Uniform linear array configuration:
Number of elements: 32
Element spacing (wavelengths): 0.5
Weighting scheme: uniform
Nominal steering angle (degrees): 45
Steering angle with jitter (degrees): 43.801
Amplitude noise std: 0.05
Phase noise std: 0.05

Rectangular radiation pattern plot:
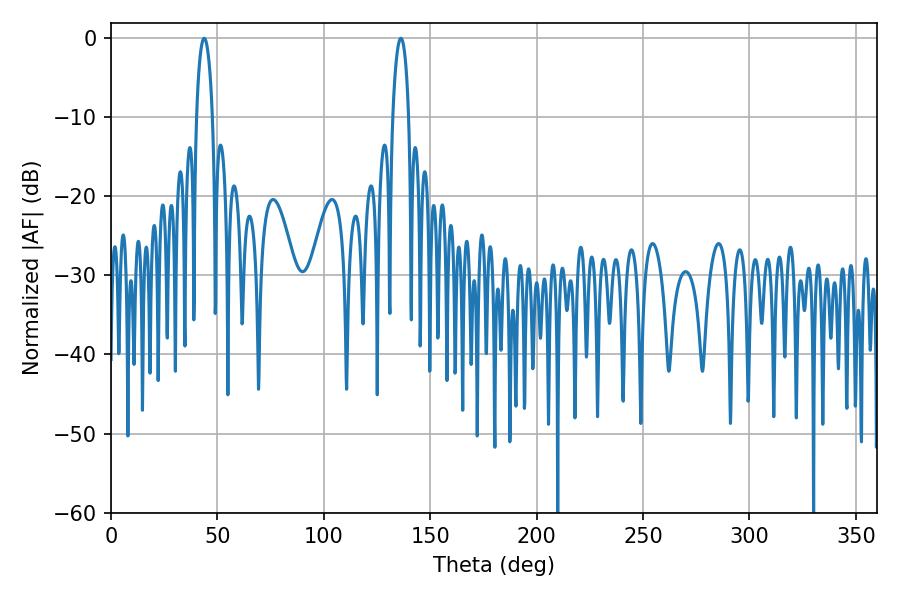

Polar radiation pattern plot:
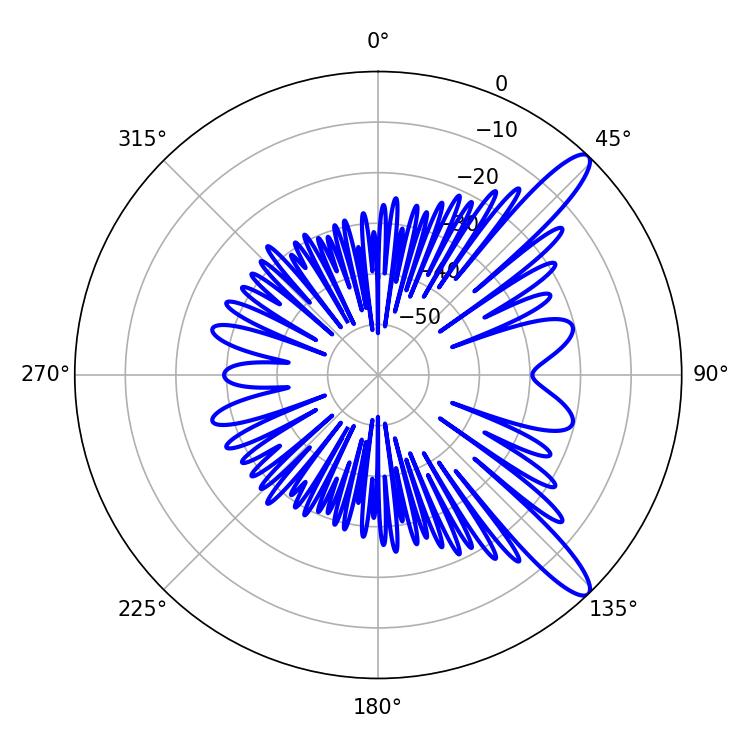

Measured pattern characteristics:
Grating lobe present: FALSE
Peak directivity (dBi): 12.231
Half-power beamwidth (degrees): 4.14
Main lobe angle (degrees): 43.74